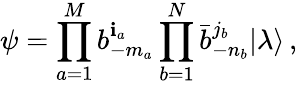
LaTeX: \psi=\prod_{a=1}^{M}b_{-m_{a}}^{\mathbf{i}_{a}}\prod_{b=1}^{N}\bar{{b}}_{-n_{b}}^{j_{b}}|\lambda\rangle\, ,